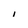
Character: I